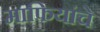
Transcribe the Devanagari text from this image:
माफियांचे